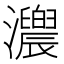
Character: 𤅁